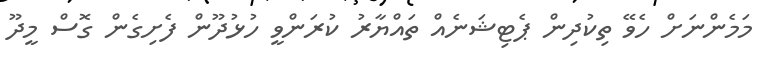
މަމެންނަށް ހެވޭ ތިކުދިން ޕެޓިޝަނެއް ތައްޔާރު ކުރަންވީ ހުޅުދޫން ފެށިގެން ގޮސް މީދޫ